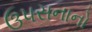
ઉ૫સનાનો